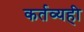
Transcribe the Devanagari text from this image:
कर्तव्यही